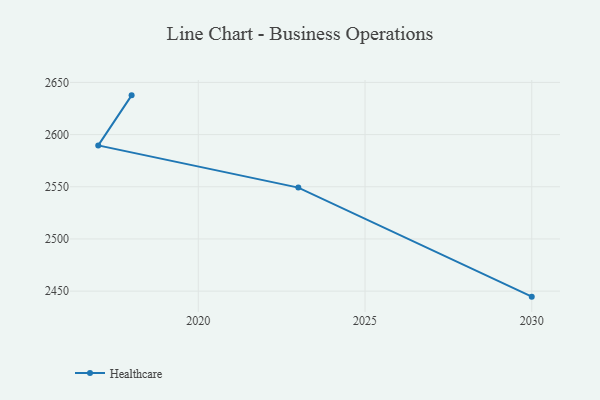
{"axis": {"x": "Year", "y": "Churn Rate (%)"}, "legend": ["Healthcare"], "data": [{"x": "2030", "y": 2444.7, "type": "Healthcare"}, {"x": "2023", "y": 2549.2, "type": "Healthcare"}, {"x": "2017", "y": 2589.6, "type": "Healthcare"}, {"x": "2018", "y": 2637.6, "type": "Healthcare"}]}